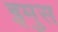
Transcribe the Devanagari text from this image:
इमुस